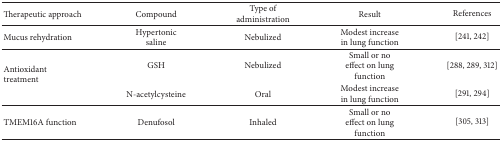
<table><thead><tr><td><b>Therapeutic approach</b></td><td><b>Compound</b></td><td><b>Type of administration</b></td><td><b>Result</b></td><td><b>References</b></td></tr></thead><tbody><tr><td>Mucus rehydration</td><td>Hypertonic saline</td><td>Nebulized</td><td>Modest increase in lung function</td><td>[241, 242]</td></tr><tr><td rowspan="2">Antioxidant treatment</td><td>GSH</td><td>Nebulized</td><td>Small or no effect on lung function</td><td>[288, 289, 312]</td></tr><tr><td>N-acetylcysteine</td><td>Oral</td><td>Modest increase in lung function</td><td>[291, 294]</td></tr><tr><td>TMEM16A function</td><td>Denufosol</td><td>Inhaled</td><td>Small or no effect on lung function</td><td>[305, 313]</td></tr></tbody></table>